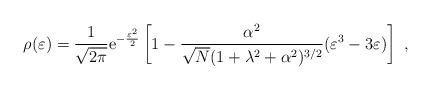
LaTeX: \begin{align*}\rho(\varepsilon)=\frac{1}{\sqrt{2\pi}}\mathrm{e}^{-\frac{\varepsilon^2}{2}}\left [1-\frac{\alpha^2}{\sqrt{N}(1+\lambda^2+\alpha^2)^{3/2} } (\varepsilon^3-3 \varepsilon )\right ]\ ,\end{align*}